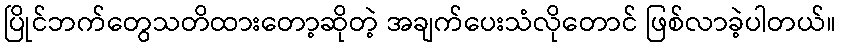
ပြိုင်ဘက်တွေသတိထားတော့ဆိုတဲ့ အချက်ပေးသံလိုတောင် ဖြစ်လာခဲ့ပါတယ်။